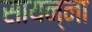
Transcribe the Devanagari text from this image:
सायन्ना